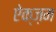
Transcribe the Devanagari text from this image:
ऐक्ज़म